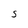
Character: S